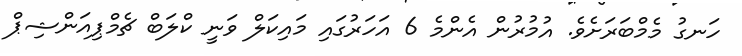
ހަނގު މެމްބަރަށެވެ. އުމުރުން އެންމެ 6 އަހަރުގައި މައިކަލް ވަނީ ކްލަބް ޗެމްޕިއަންޝިޕް